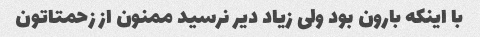
با اینکه بارون بود ولی زیاد دیر نرسید ممنون از زحمتاتون